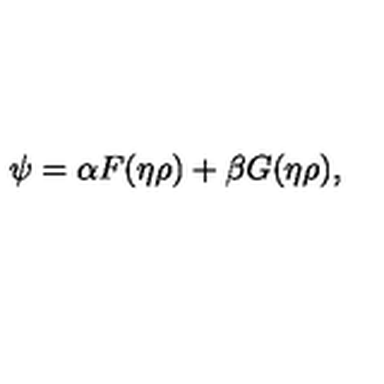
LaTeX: \psi = \alpha F ( \eta \rho ) + \beta G ( \eta \rho ) ,